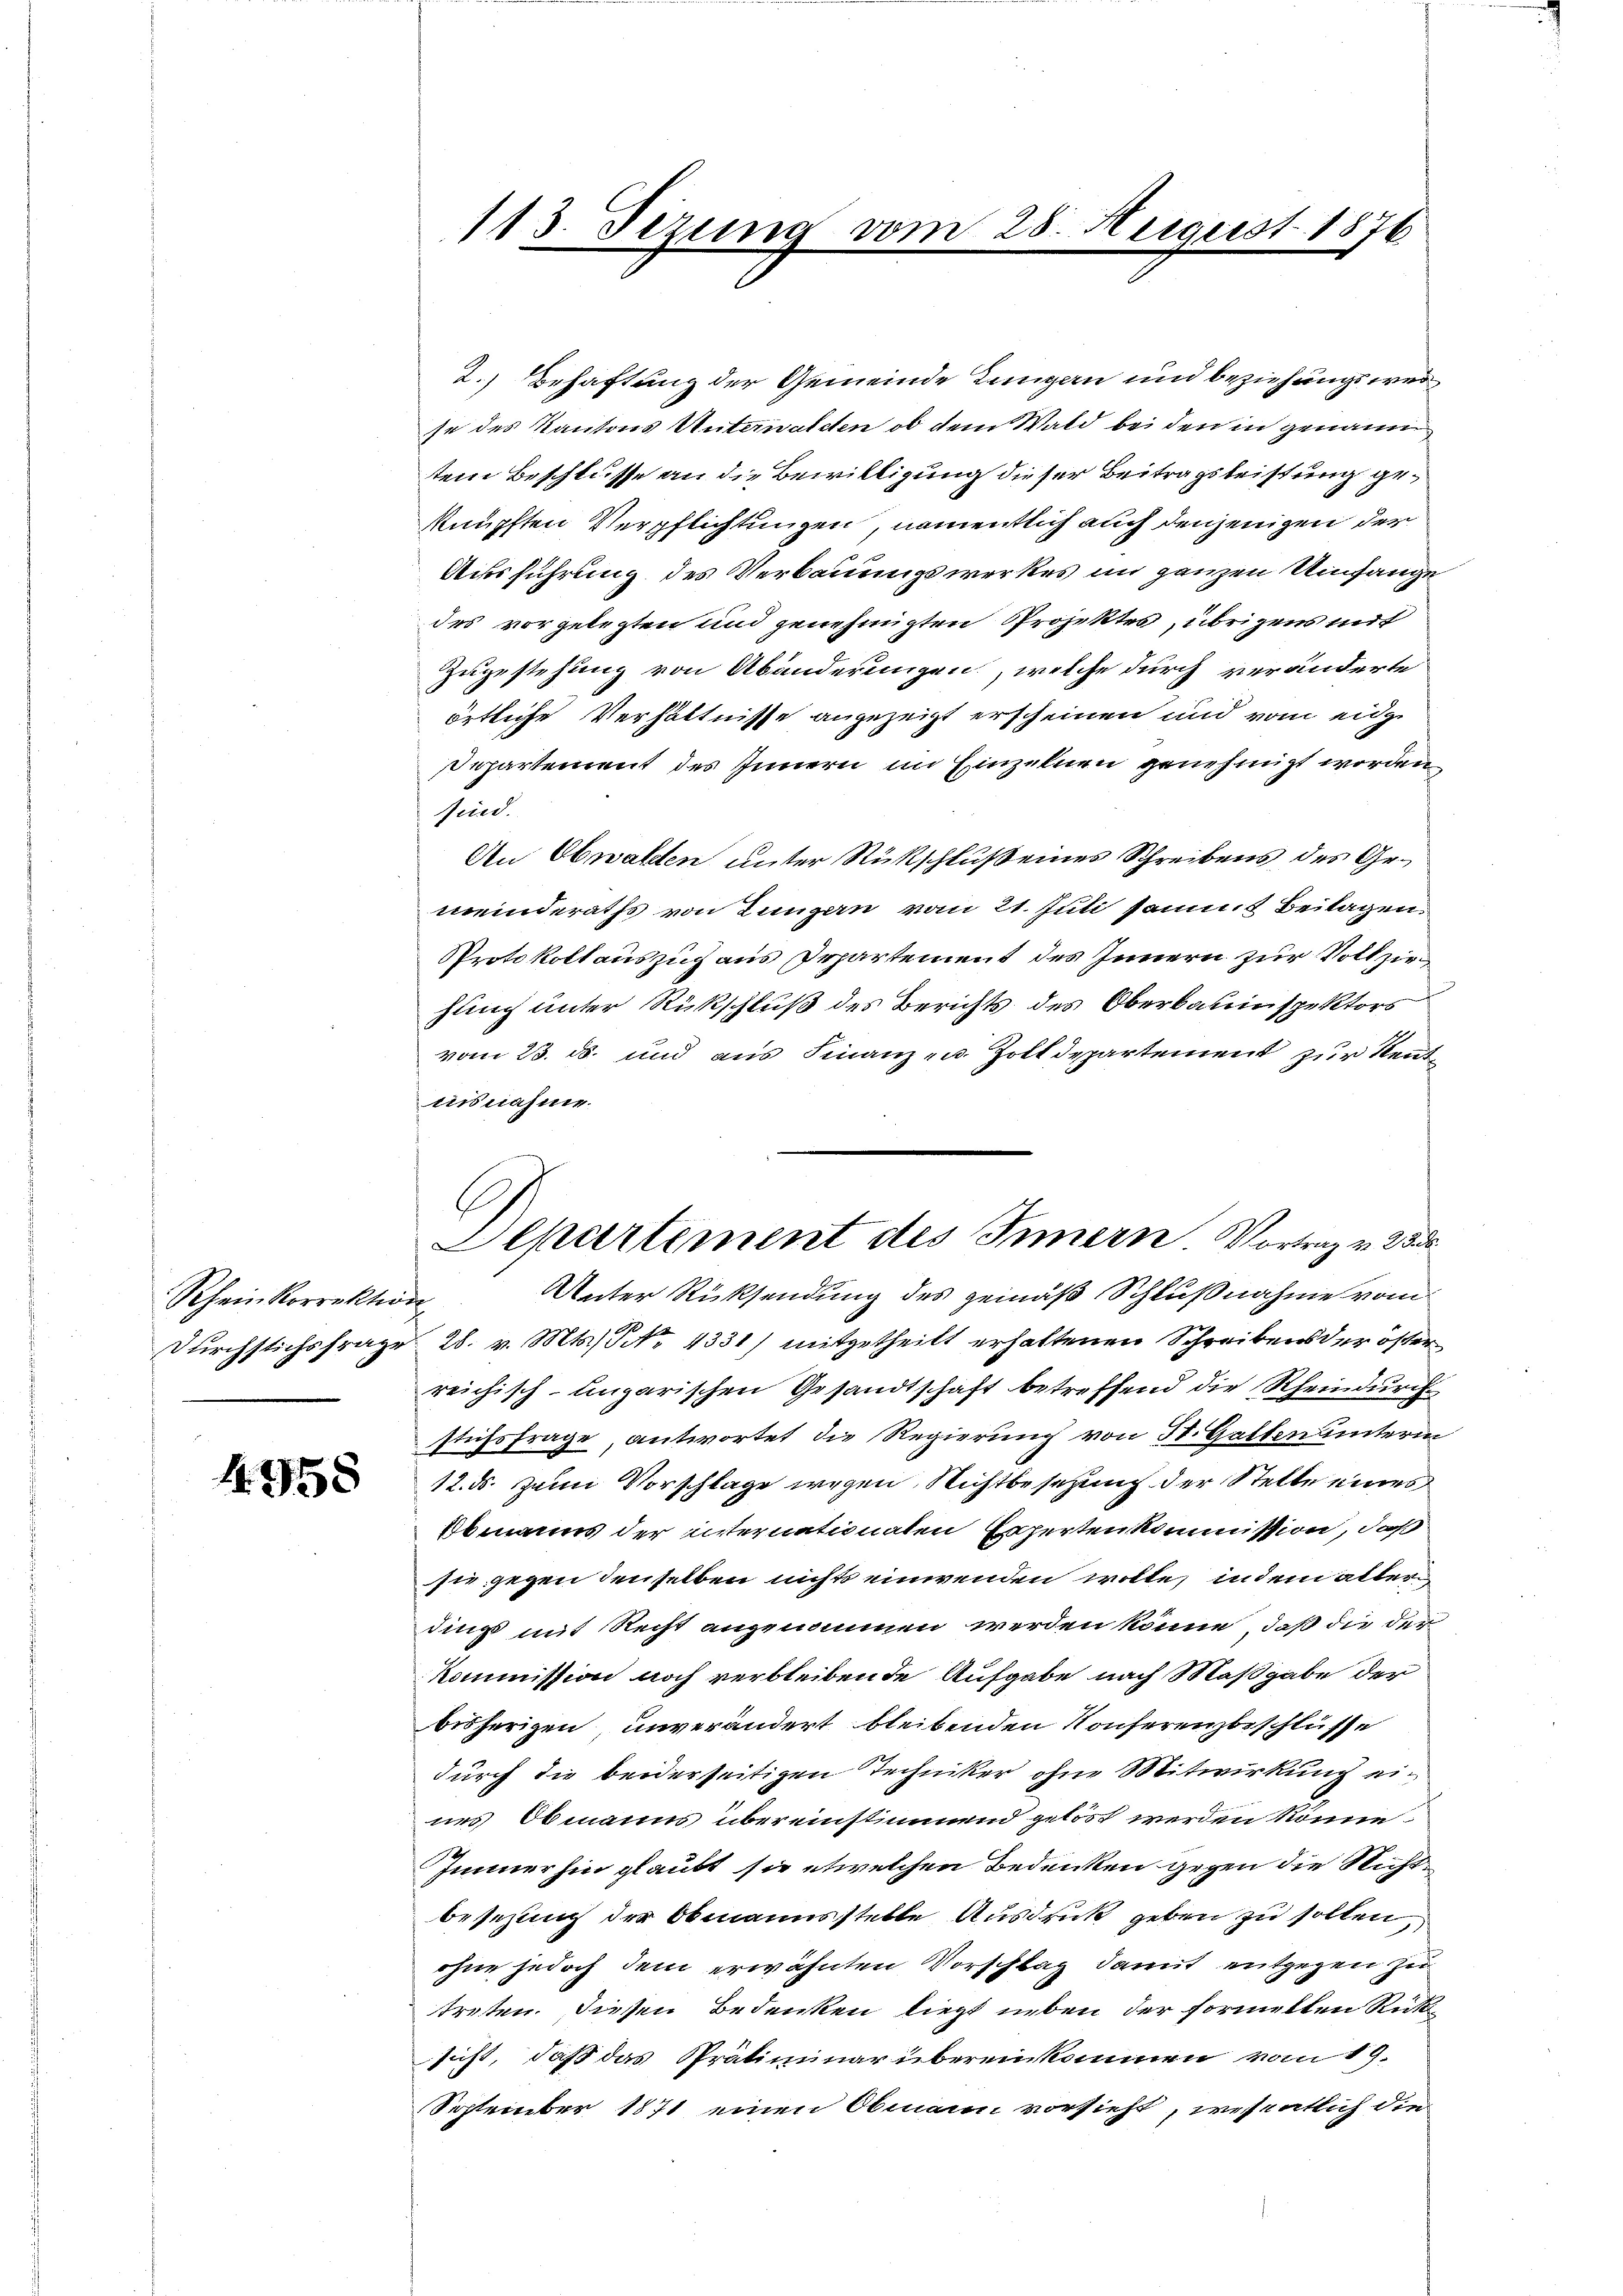
Rheinkorrektion
Durchstichsfrage

4958

113. Tizung vom 28. August 1876

2.) Behaftung der Gemeinde Lungen und beziehungsweise des Kantons Unterwalden, ob dem Wald bei den in genann
tem Beschlusse an die Bewilligung dieser Beitragsleistung geknüpften Verpflichtungen, namentlich auch denjenigen der
Ausführung des Verbauungswerkes im ganzen Umfange
des vorgelegten und genehmigten Projektes, übrigens mit
Zugestehung von Abänderungen, welche durch veränderte
örtliche Verhältnisse angezeigt erscheinen und vom eidge
epartement des Innern im Einzelnen genehmigt worden,
sind.
An Obwalden unter Rückschluß eines Schreibens des Gemeinderaths von Lungen vom 21. Juli sammt Beilagen
Protokollauszug aus Departement des Innern zur Vollziehung unter Rückschluß des Berichts des Oberbauinspektors
vom 23. ds. und aus Finanz- u. Zolldepartement zur Rentausnahme.
Unter Rücksendung des gemäß Schlußnahme vom
f
28. v. Mts. No 1331) mitgetheilt erhaltenen Schreibens der öster
reichisch-ungarischen Gesandtschaft betreffend die Rheindurch
stichsfrage antwortet die Regierung von St. Galten unterin
12. ds. zum Vorschlage wegen Nichtbesetzung der Stelle eines
Obmanns der internationaten Experten kommission, daß
sie gegen denselben nichts einwenden wolle, indem allerdings mit Recht angenommen werden könne, daß die der
Kommission noch verbleibende Aufgabe nach Maßgabe der
bisherigen, unverändert bleibenden Konferenzbeschlüsse
durch die beiderseitigen Techniker ohne Mitwirkung eines Obmanns übereinstimmend gelöst werden könne.
Immerhin glaubt sie etwelchen Bedenken gegen die Nicht
besezung der Obmannsstelle Ausdruck geben zu sollen
ohne jedoch dem erwähnten Vorschlag damit entgegen zu
treten. Diesen Bedenken liegt neben der formelten Rücksicht, daß das Präliminar übereinkommen vom 19.
September 1871 einen Obmann vorsieht, wesentlich die

A
Departement des Innern Vortrag v. 2500